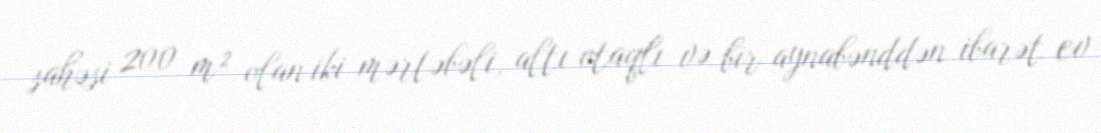
sahəsi 200 m² olan iki mərtəbəli, altı otaqlı və bir aynabənddən ibarət ev